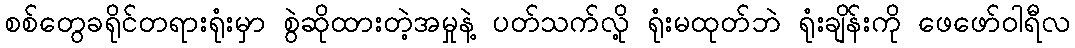
စစ်တွေခရိုင်တရားရုံးမှာ စွဲဆိုထားတဲ့အမှုနဲ့ ပတ်သက်လို့ ရုံးမထုတ်ဘဲ ရုံးချိန်းကို ဖေဖော်ဝါရီလ